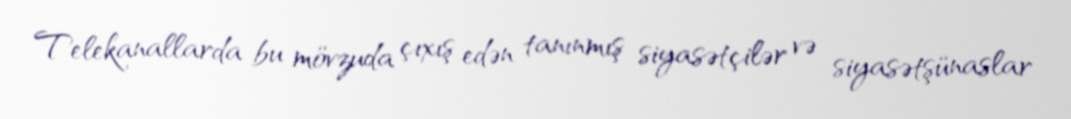
Telekanallarda bu mövzuda çıxış edən tanınmış siyasətçilər və siyasətşünaslar